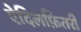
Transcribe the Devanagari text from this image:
ऐदिलफ़ितरी